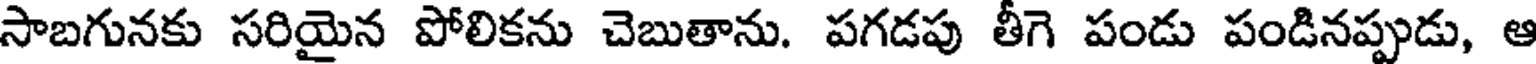
సాబగునకు సరియైన పోలికను చెబుతాను. పగడపు తీగె పండు పండినప్పుడు, ఆ